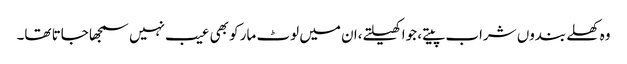
وہ کھلے بندوں شراب پیتے، جوا کھیلتے،ان میں لوٹ مار کو بھی عیب نہیں سمجھا جاتا تھا۔